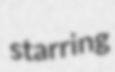
starring